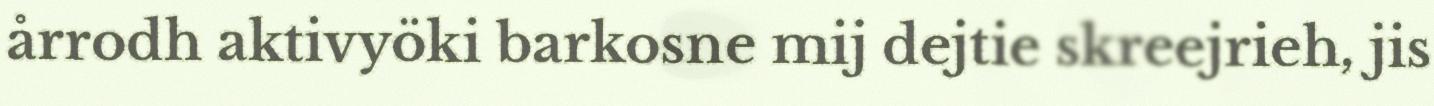
årrodh aktivyöki barkosne mij dejtie skreejrieh, jis